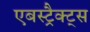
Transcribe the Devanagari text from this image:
एबस्ट्रैक्ट्स